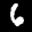
Label: 6